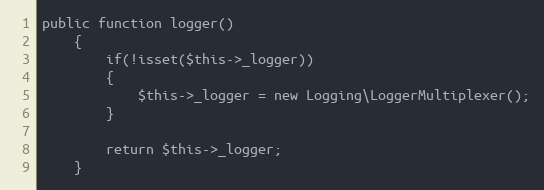
Language: PHP
public function logger()
	{
		if(!isset($this->_logger))
		{
			$this->_logger = new Logging\LoggerMultiplexer();
		}

		return $this->_logger;
	}